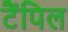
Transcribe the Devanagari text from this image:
टैंपिल